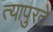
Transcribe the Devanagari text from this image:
त्यापुरते